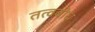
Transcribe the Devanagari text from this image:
तत्वबोध